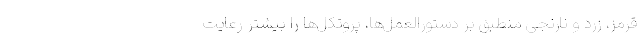
قرمز، زرد و نارنجی منطبق بر دستورالعمل‌ها، پروتکل‌ها را بیشتر رعایت